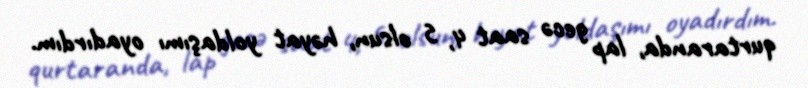
qurtaranda, lap gecə saat 4, 5 olsun, həyat yoldaşımı oyadırdım.